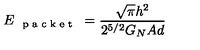
E _ { \textup { \scriptsize { p a c k e t } } } = \frac { \sqrt { \pi } h ^ { 2 } } { 2 ^ { 5 / 2 } G _ { N } A d }